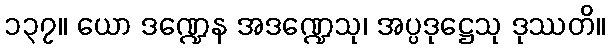
၁၃၇။ ယော ဒဏ္ဍေန အဒဏ္ဍေသု၊ အပ္ပဒုဋ္ဌေသု ဒုဿတိ။